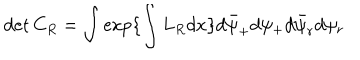
\det { C } _ { R } = \int \exp \{ \int L _ { R } d x \} d \bar { \psi } _ { + } d \psi _ { + } d \bar { \psi } _ { r } d \psi _ { r }